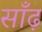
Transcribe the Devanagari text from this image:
साँढ़